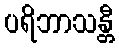
ပရိဘာသန္တီ